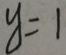
y = 1